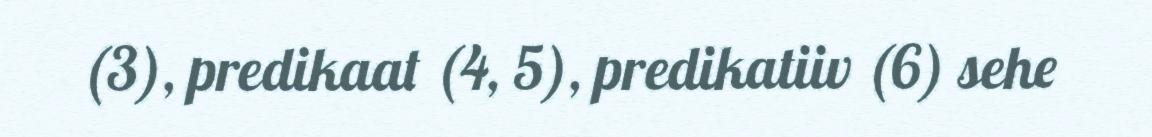
(3), predikaat (4, 5), predikatiiv (6) sehe